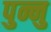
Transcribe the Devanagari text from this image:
पुन्नु